Report of the Municipal Commissioner on the plague in Bombay for the year ending 31st May... - Volume 2
Disease focus: Plague
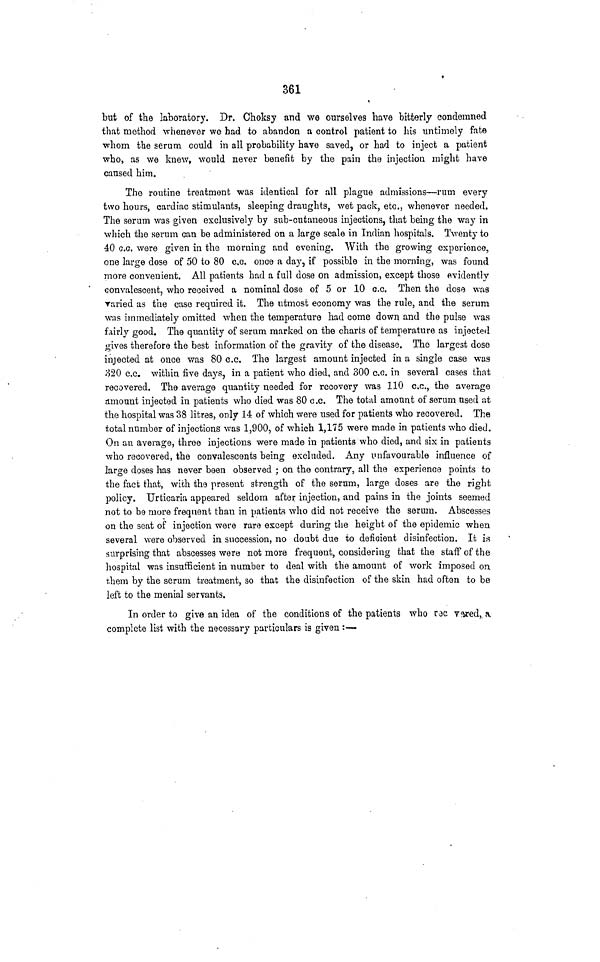
361
but of the laboratory. Dr. Choksy and we ourselves have bitterly condemned
that method whenever we had to abandon a control patient to his untimely fate
whom the serum could in all probability have saved, or had to inject a patient
who, as we knew, would never benefit by the pain the injection might have
caused him.
The routine treatment was identical for all plague admissions—rum every
two hours, cardiac stimulants, sleeping draughts, wet pack, etc., whenever needed.
The serum was given exclusively by sub-cutaneous injections, that being the way in
which the serum can be administered on a large scale in Indian hospitals. Twenty to
40 c.c. were given in the morning and evening. With the growing experience,
one large dose of 50 to 80 c.c. once a day, if possible in the morning, was found
more convenient. All patients had a full dose on admission, except those evidently
convalescent, who received a nominal dose of 5 or 10 c.c. Then the dose was
varied as the case required it. The utmost economy was the rule, and the serum
was immediately omitted when the temperature had come down and the pulse was
fairly good. The quantity of serum marked on the charts of temperature as injected
gives therefore the best information of the gravity of the disease. The largest dose
injected at once was 80 c.c. The largest amount injected in a single case was
320 c.c. within five days, in a patient who died, and 300 c.c. in several cases that
recovered. The average quantity needed for recovery was 110 c.c, the average
amount injected in patients who died was 80 c.c. The total amount of serum used at
the hospital was 38 litres, only 14 of which were used for patients who recovered. The
total number of injections was 1,900, of which 1,175 were made in patients who died.
On an average, three injections were made in patients who died, and six in patients
who recovered, the convalescents being excluded. Any unfavourable influence of
large doses has never been observed ; on the contrary, all the experience points to
the fact that, with the present strength of the serum, large doses are the right
policy. Urticaria appeared seldom after injection, and pains in the joints seemed
not to be more frequent than in patients who did not receive the serum. Abscesses
on the seat of injection were rare except during the height of the epidemic when
several were observed in succession, no doubt due to deficient disinfection. It is
surprising that abscesses were not more frequent, considering that the staff of the
hospital was insufficient in number to deal with the amount of work imposed on
them by the serum treatment, so that the disinfection of the skin had often to be
left to the menial servants.
In order to give an idea of the conditions of the patients who roc vered, a
complete list with the necessary particulars is given :—